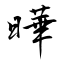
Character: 曄